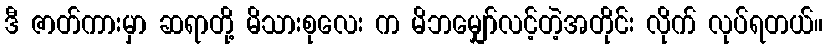
ဒီ ဇာတ်ကားမှာ ဆရာတို့ မိသားစုလေး က မိဘမျှော်လင့်တဲ့အတိုင်း လိုက် လုပ်ရတယ်။